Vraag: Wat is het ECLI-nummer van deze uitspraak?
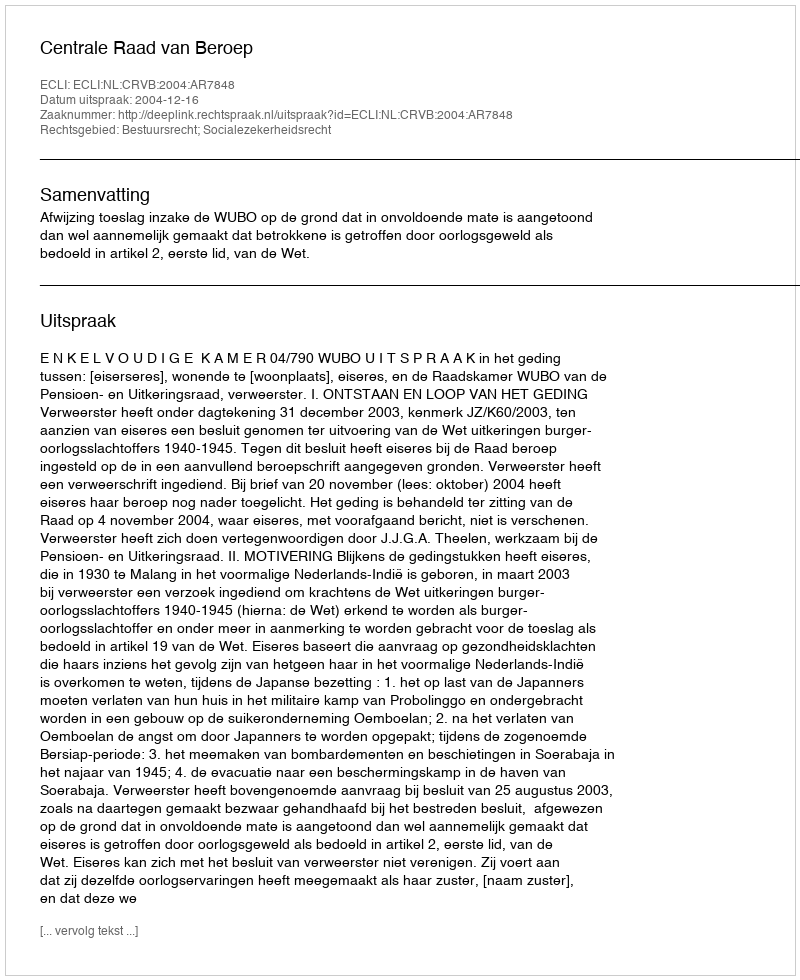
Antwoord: ECLI:NL:CRVB:2004:AR7848